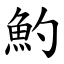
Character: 魡